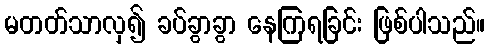
မတတ်သာလှ၍ ခပ်ခွာခွာ နေကြရခြင်း ဖြစ်ပါသည်။